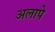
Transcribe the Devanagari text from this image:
अलापे